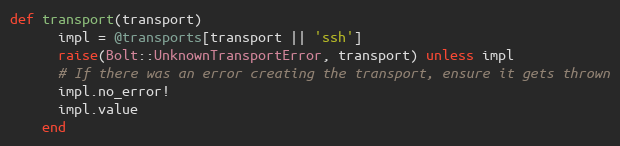
Language: Ruby
def transport(transport)
      impl = @transports[transport || 'ssh']
      raise(Bolt::UnknownTransportError, transport) unless impl
      # If there was an error creating the transport, ensure it gets thrown
      impl.no_error!
      impl.value
    end